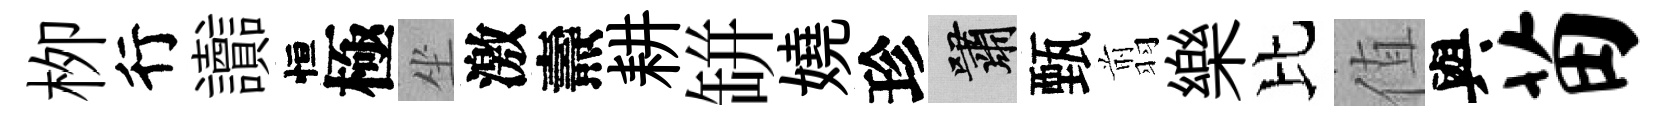
栁行讟恒極坐激燾耕缾嬈珍嘯甄翦樂比值與苗